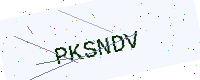
Text: PKSNDV